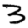
Digit: 3